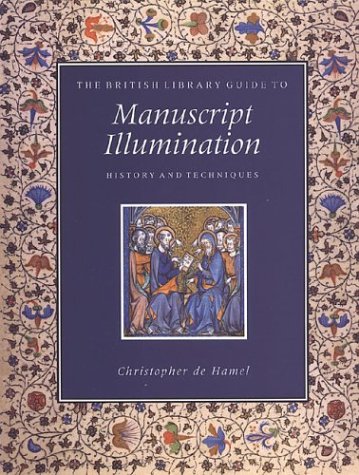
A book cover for The British Library Guide to Manuscript Illumination: History and Techniques (British Library Guides); Christopher de Hamel; Arts & Photography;